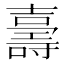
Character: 𭐙